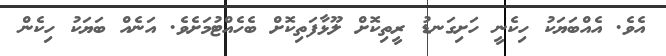
އެވެ. އެއްބަޔަކު ހިކެނީ ހަށިގަނޑު ރީތިކޮށް ލޫޅާފަތިކޮށް ބެހެއްޓުމަށެވެ. އަނެއް ބަޔަކު ހިކެން